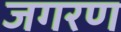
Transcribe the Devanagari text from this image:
जगरण